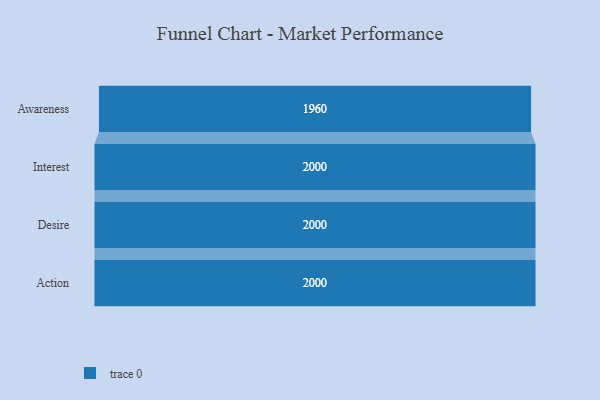
{"axis": {"x": "Stage", "y": "Value"}, "legend": [""], "data": [{"x": "Awareness", "y": 1960.0, "type": ""}, {"x": "Interest", "y": 2000, "type": ""}, {"x": "Desire", "y": 2000, "type": ""}, {"x": "Action", "y": 2000, "type": ""}]}